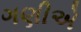
ગણીએ